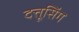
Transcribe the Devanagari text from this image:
दत्तूसिंग